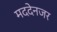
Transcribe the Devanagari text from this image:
मददेनजर